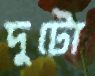
দুটো